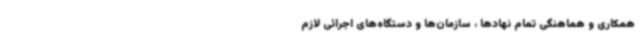
همکاری و هماهنگی تمام نهادها ، سازمان‌ها و دستگاه‌های اجرائی لازم